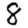
Digit: 8